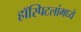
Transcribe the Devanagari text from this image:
हॉस्पिटलांमध्ये